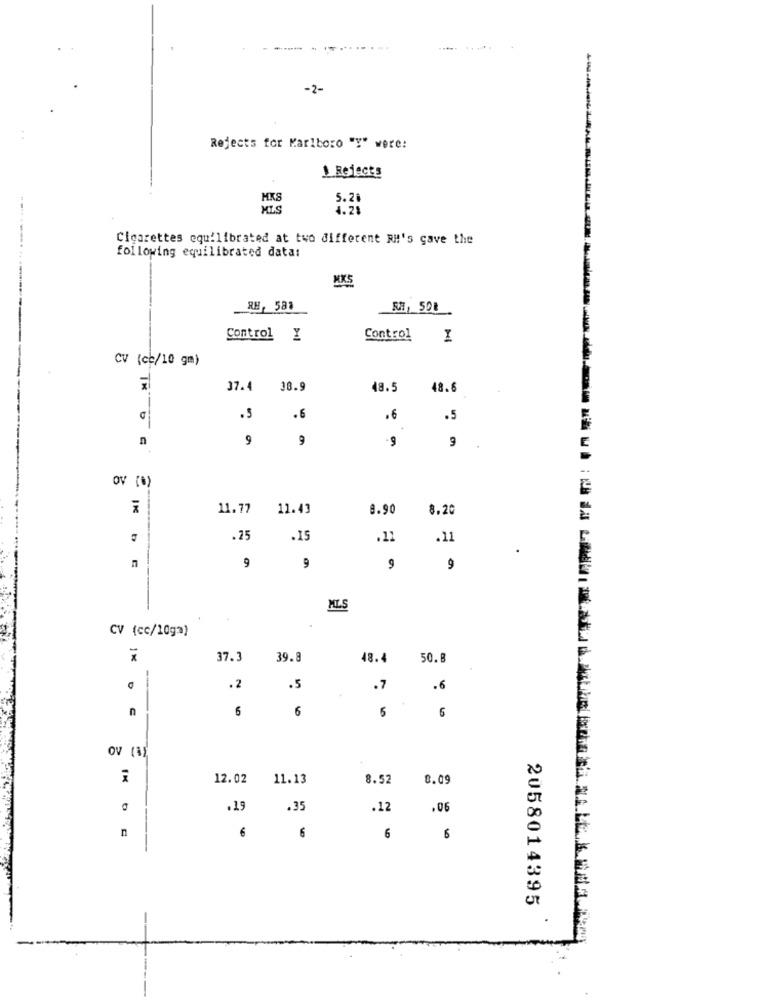
-2-
Rejects for Marlboro "Y" were:
1 Rejects
5.2
4.21
Cigarettes equilibrated at two different RH's gave the
following equilibrated data:
-------------
RH, 581
Control Y
Control
I
CV (cc/10 gm)
37.4
38.9
48.5
48.6
.5
.6
.5
n
9
9
-9
9
OV (*)
11.77
11.43
8.90
8.20
.25
.15
.12
.11
.
9
9
n
9
9
MLS
CV (cc/10g=)
1%
37.3
39.8
48.4
50.8
.2
.5
.7
.6
n
6
5
6
OV (a
12.02
11.13
8.52
8.09
.19
.35
.12
.06
6
6
6
6
2058014395